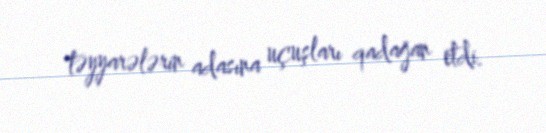
təyyarələrin adasına uçuşları qadağan etdi.